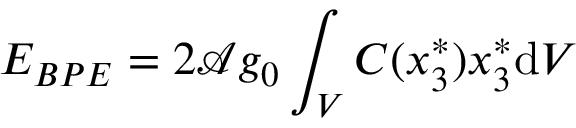
E _ { B P E } = 2 \mathcal { A } g _ { 0 } \int _ { V } C ( x _ { 3 } ^ { * } ) x _ { 3 } ^ { * } \mathrm { d } V